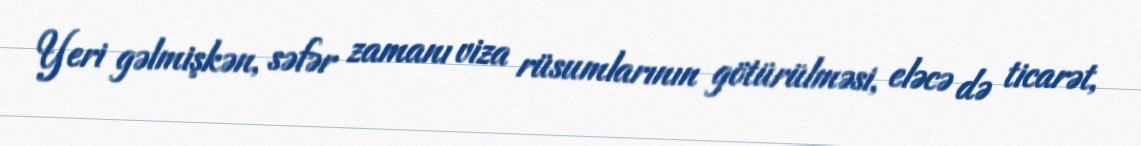
Yeri gəlmişkən, səfər zamanı viza rüsumlarının götürülməsi, eləcə də ticarət,